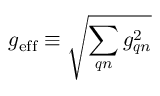
g _ { \mathrm { e f f } } \equiv \sqrt { \sum _ { \boldsymbol { q } n } g _ { \boldsymbol { q } n } ^ { 2 } }